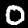
Label: 0